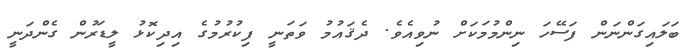
ބަލައިގަންނަން ފަސޭހަ ނިންމުމަކަށް ނުވިއެވެ. ދެޤައުމު ވަތަނީ ފިކުރުމުގެ އިދިކޮޅު ލީޑަރުން ގެންދަނީ